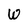
Character: W